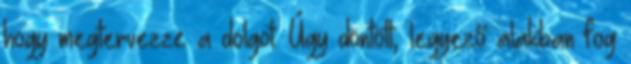
hogy megtervezze a dolgot. Úgy döntött, legyező alakban fog